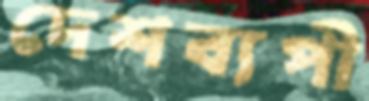
দেশব্যপী